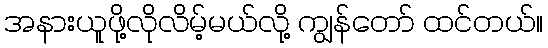
အနားယူဖို့လိုလိမ့်မယ်လို့ ကျွန်တော် ထင်တယ်။